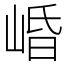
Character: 崏